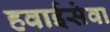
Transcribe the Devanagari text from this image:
हवाईसेवा